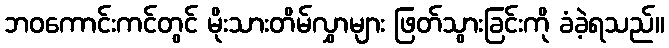
ဘဝကောင်းကင်တွင် မိုးသားတိမ်လွှာများ ဖြတ်သွားခြင်းကို ခံခဲ့ရသည်။